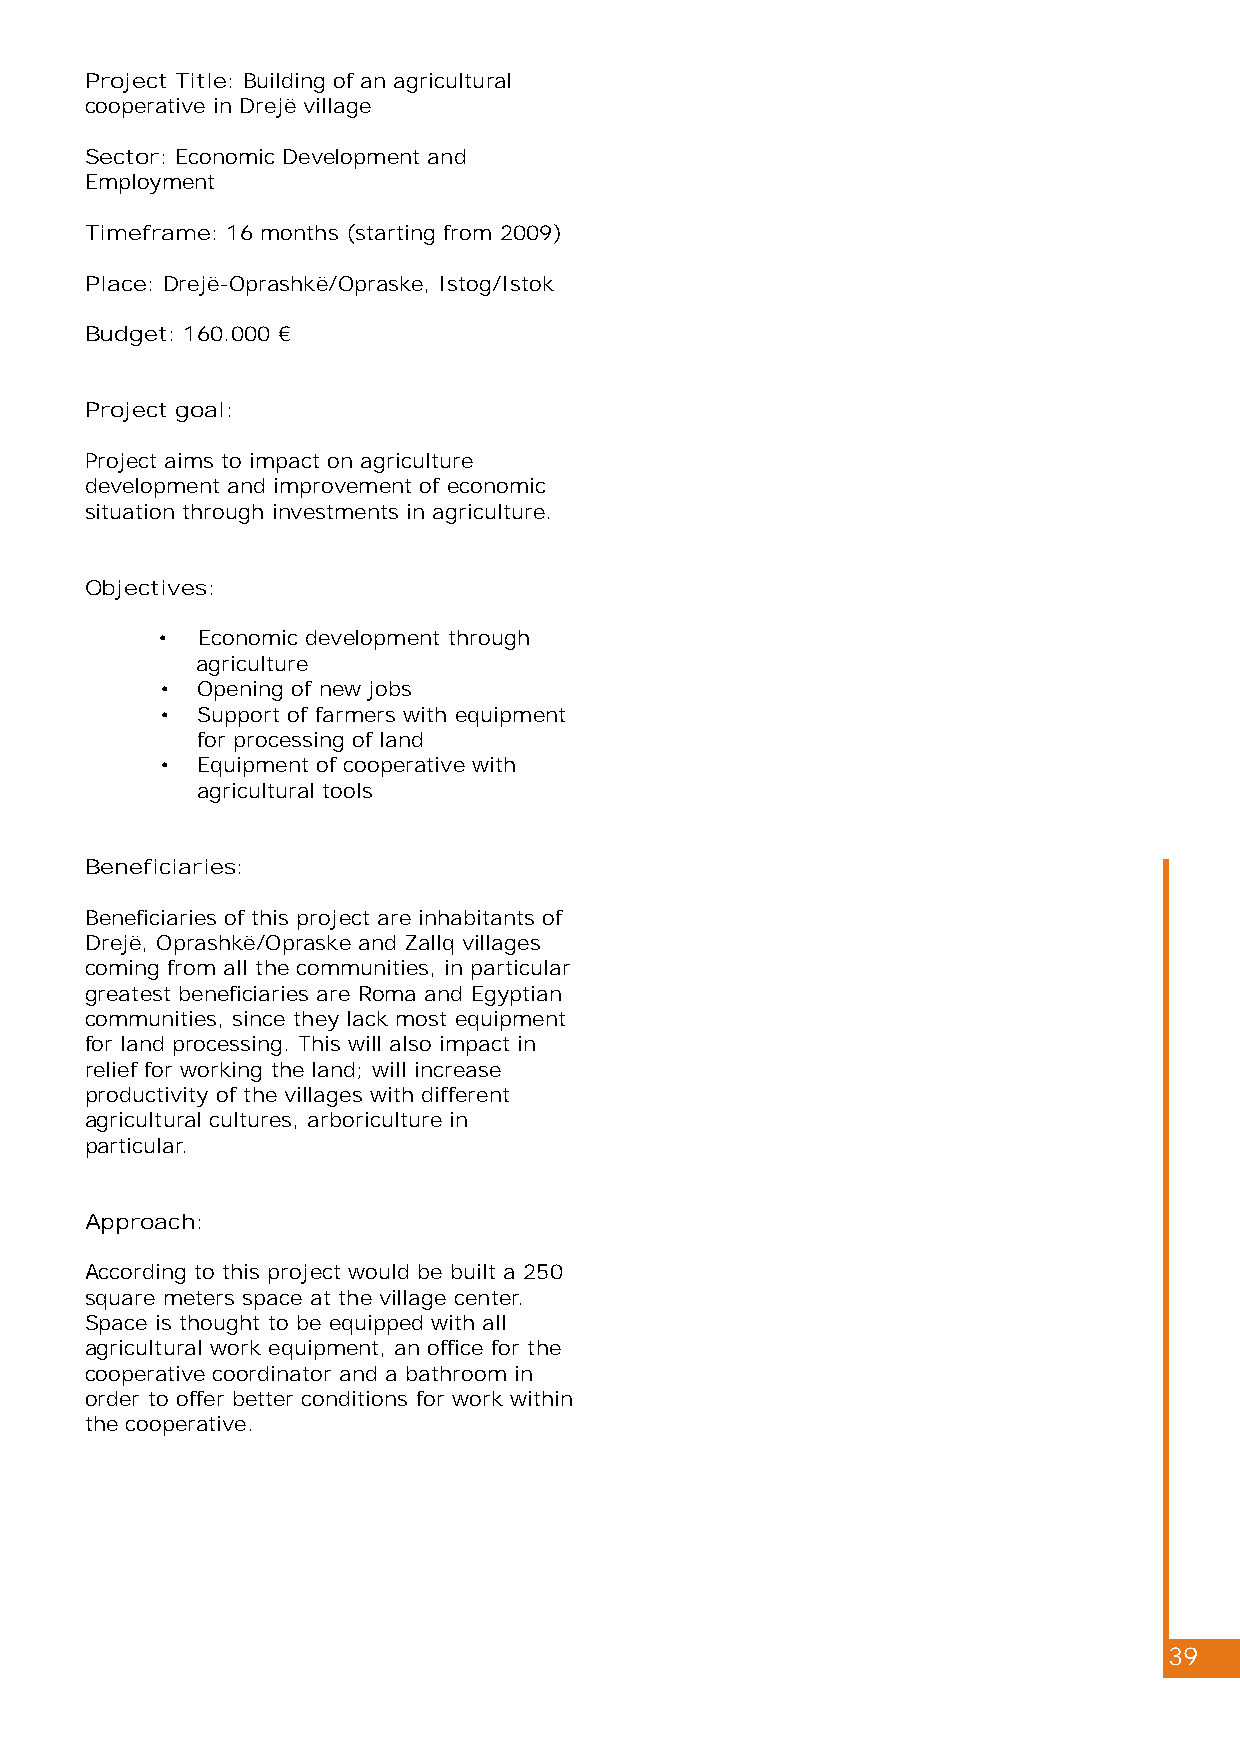
Project Title: Building of an agricultural
 cooperative in Drejë village
 Sector: Economic Development and
 Employment
 Timeframe: 16 months (starting from 2009)
 Place: Drejë-Oprashkë/Opraske, Istog/Istok
 Budget: 160.000 €
 Project goal:
 Project aims to impact on agriculture
 development and improvement of economic
 situation through investments in agriculture.
 Objectives:
 •  Economic development through
 agriculture
 • Opening of new jobs
 • Support of farmers with equipment
 for processing of land
 • Equipment of cooperative with
 agricultural tools
 Beneficiaries:
 Beneficiaries of this project are inhabitants of
 Drejë, Oprashkë/Opraske and Zallq villages
 coming from all the communities, in particular
 greatest beneficiaries are Roma and Egyptian
 communities, since they lack most equipment
 for land processing. This will also impact in
 relief for working the land; will increase
 productivity of the villages with different
 agricultural cultures, arboriculture in
 particular.
 Approach:
 According to this project would be built a 250
 square meters space at the village center.
 Space is thought to be equipped with all
 agricultural work equipment, an office for the
 cooperative coordinator and a bathroom in
 order to offer better conditions for work within
 the cooperative.
 39